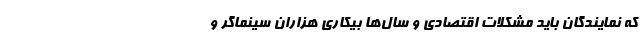
که نمایندگان باید مشکلات اقتصادی و سال‌ها بیکاری هزاران سینماگر و